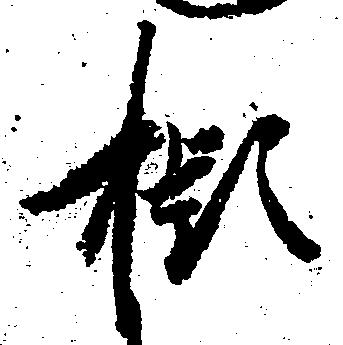
擬